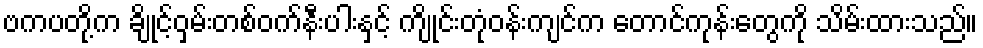
ဗကပတို့က ချိုင့်ဝှမ်းတစ်ဝက်နီးပါးနှင့် ကျိုင်းတုံဝန်းကျင်က တောင်ကုန်းတွေကို သိမ်းထားသည်။